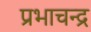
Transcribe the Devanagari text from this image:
प्रभाचन्द्र